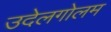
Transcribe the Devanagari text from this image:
उदेलगोलम